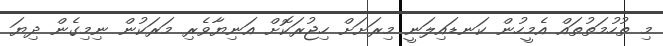
މި ތުހުމަތުތައް އެމީހުން ކަނޑައިލަނީ މިރަށަށް ހިޖުރަކޮށް އަނިޔާވެރި މަރަކުން ނިމިގެން ދިޔަ